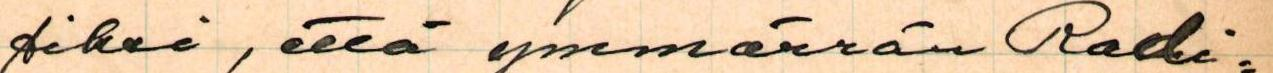
siksi, että ymmärrän Radi=